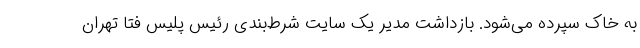
به خاک سپرده می‌شود. بازداشت مدیر یک سایت شرط‌بندی رئیس پلیس فتا تهران